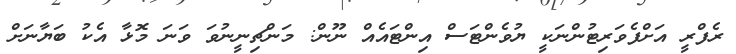
ރެފްރީ އަށްފެވަރިޓުންނަކީ ޔުވެންޓަސް އިންޓައެއް ނޫން: މަންޗިނީނުވަ ވަނަ މޮޅާ އެކު ބަޔާނަށް